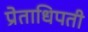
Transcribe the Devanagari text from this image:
प्रेताधिपती